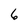
Character: 6